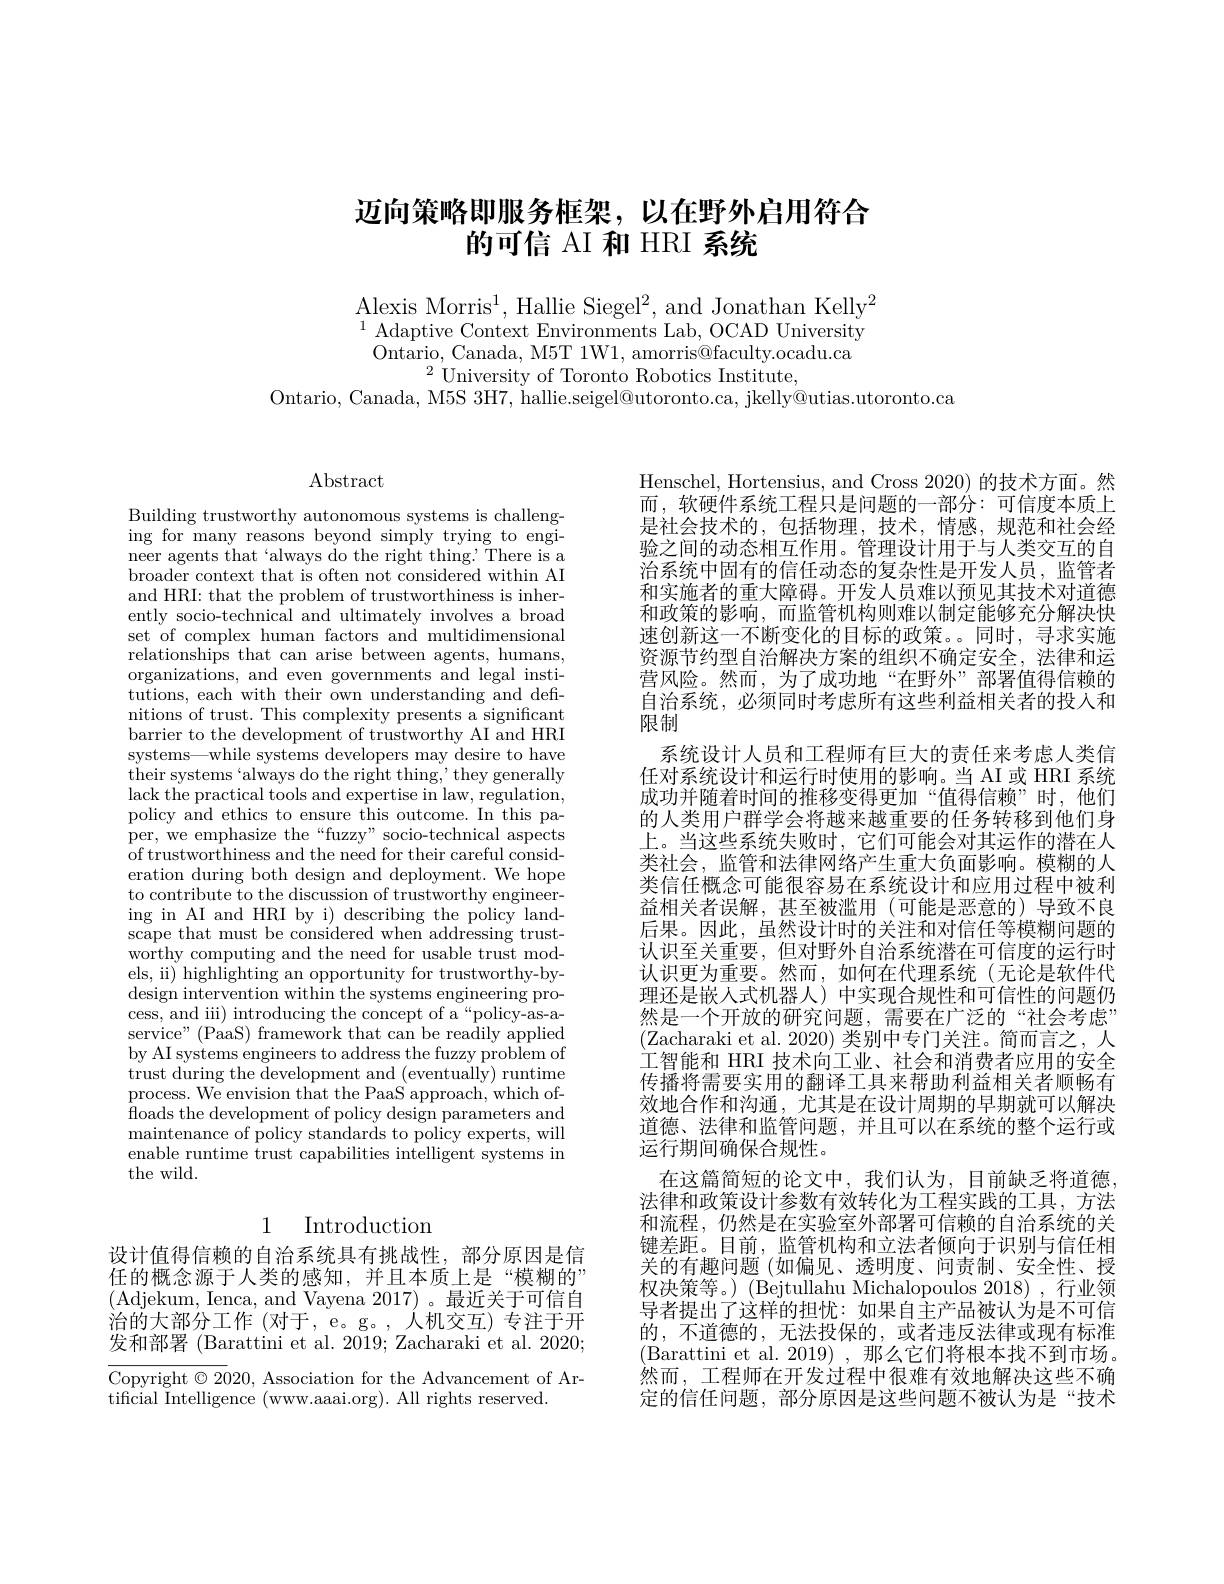
# 迈向策略即服务框架，以在野外启用符合的可信 AI 和 HRI 系统

Alexis Morris$^1$,Hallie Siegel$^2$,and Jonathan Kelly$^2$ $^{1}$Adaptive Context Environments Lab, OCAD University
Ontario, Canada, M5T 1W1, amorris@faculty.ocadu.ca
$^{2}$University of Toronto Robotics Institute,
Ontario, Canada, M5S 3H7, hallie.seigel@utoronto.ca, jkelly@utias.utoronto.ca

$\operatorname{Abstract}$

Building trustworthy autonomous systems is challenging for many reasons beyond simply trying to engineer agents that `always do the right thing.' There is a broader context that is often not considered within AI and HRI: that the problem of trustworthiness is inherently socio-technical and ultimately involves a broad set of complex human factors and multidimensional relationships that can arise between agents, humans, organizations, and even governments and legal institutions, each with their own understanding and definitions of trust. This complexity presents a significant barrier to the development of trustworthy AI and HRI systems—while systems developers may desire to have their systems `always do the right thing,' they generally lack the practical tools and expertise in law, regulation, policy and ethics to ensure this outcome. In this paper, we emphasize the“fuzzy” socio-technical aspects of trustworthiness and the need for their careful consideration during both design and deployment. We hope to contribute to the discussion of trustworthy engineering in AI and HRI by i) describing the policy landscape that must be considered when addressing trust- $\hat{\text{worthy computing and the need for usable trust mod-}}$ els, ii) highlighting an opportunity for trustworthy-bydesign intervention within the systems engineering process, and iii) introducing the concept of a“policy-as-aservice" $(\bar{\text{PaaS) framework that can be readily applied}}$ by AI systems engineers to address the fuzzy problem of trust during the development and (eventually) runtime process. We envision that the PaaS approach, which offloads the development of policy design parameters and maintenance of policy standards to policy experts, will enable runtime trust capabilities intelligent systems in the wild.

# 1 Introduction

设计值得信赖的自治系统具有挑战性，部分原因是信任的概念源于人类的感知，并且本质上是“模糊的” (Adjekum, Ienca, and Vayena 2017)。最近关于可信自治的大部分工作 (对于，e。g。,人机交互)专注于开发和部署 (Barattini et al. 2019; Zacharaki et al. 2020;

Copyright $\odot2020$, Association for the Advancement of Ar-
tificial Intelligence (www.aaai.org). All rights reserved.

Henschel, Hortensius, and Cross 2020) 的技术方面。然而，软硬件系统工程只是问题的一部分：可信度本质上是社会技术的，包括物理，技术，情感，规范和社会经验之间的动态相互作用。管理设计用于与人类交互的自治系统中固有的信任动态的复杂性是开发人员，监管者和实施者的重大障碍。开发人员难以预见其技术对道德和政策的影响，而监管机构则难以制定能够充分解决快速创新这一不断变化的目标的政策。。同时，寻求实施资源节约型自治解决方案的组织不确定安全，法律和运营风险。然而，为了成功地“在野外”部署值得信赖的自治系统，必须同时考虑所有这些利益相关者的投入和限制
系统设计人员和工程师有巨大的责任来考虑人类信任对系统设计和运行时使用的影响。当 AI 或 HRI 系统成功并随着时间的推移变得更加“值得信赖”时，他们的人类用户群学会将越来越重要的任务转移到他们身上。当这些系统失败时，它们可能会对其运作的潜在人类社会，监管和法律网络产生重大负面影响。模糊的人类信任概念可能很容易在系统设计和应用过程中被利益相关者误解，甚至被滥用(可能是恶意的)导致不良后果。因此，虽然设计时的关注和对信任等模糊问题的认识至关重要，但对野外自治系统潜在可信度的运行时认识更为重要。然而，如何在代理系统(无论是软件代理还是嵌人式机器人)中实现合规性和可信性的问题仍然是一个开放的研究问题，需要在广泛的“社会考虑” (Zacharaki et al. 2020) 类别中专门关注。简而言之，人工智能和 HRI 技术向工业、社会和消费者应用的安全传播将需要实用的翻译工具来帮助利益相关者顺畅有效地合作和沟通，尤其是在设计周期的早期就可以解决道德、法律和监管问题，并且可以在系统的整个运行或运行期间确保合规性。
在这篇简短的论文中，我们认为，目前缺乏将道德， 法律和政策设计参数有效转化为工程实践的工具，方法和流程，仍然是在实验室外部署可信赖的自治系统的关键差距。目前，监管机构和立法者倾向于识别与信任相关的有趣问题 (如偏见、透明度、问责制、安全性、授权决策等。) (Bejtullahu Michalopoulos 2018) ,行业领导者提出了这样的担忧：如果自主产品被认为是不可信的，不道德的，无法投保的，或者违反法律或现有标准(Barattini et al. 2019),那么它们将根本找不到市场。然而，工程师在开发过程中很难有效地解决这些不确定的信任问题，部分原因是这些问题不被认为是“技术